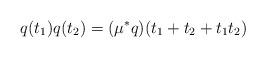
LaTeX: \begin{align*} q(t_1)q(t_2)=(\mu^*q)(t_1+t_2+t_1t_2)\end{align*}